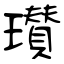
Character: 瓉